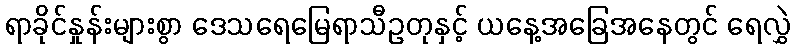
ရာခိုင်နှုန်းများစွာ ဒေသရေမြေရာသီဥတုနှင့် ယနေ့အခြေအနေတွင် ရေလွှဲ